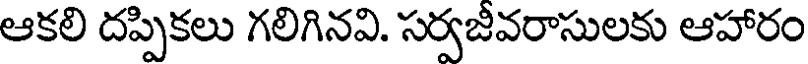
ఆకలి దప్పికలు గలిగినవి. సర్వజీవరాసులకు ఆహారం